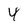
Character: 4